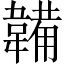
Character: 韛